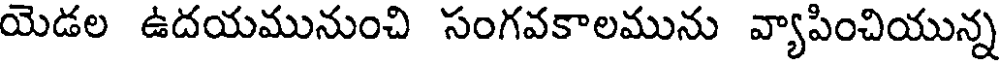
యెడల ఉదయమునుంచి సంగవకాలమును వ్యాపించియున్న